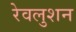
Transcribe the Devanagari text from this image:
रेवलुशन